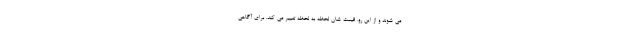
می شوند و از این رو، قیمت شان لحظه به لحظه تغییر می کند. برای آگاهی